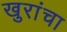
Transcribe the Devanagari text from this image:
खुरांचा